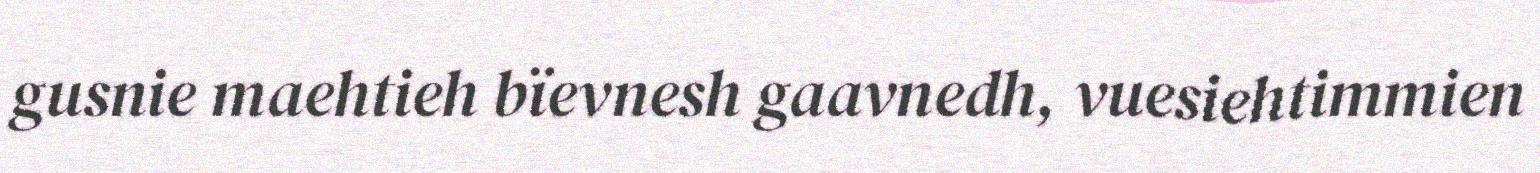
gusnie maehtieh bïevnesh gaavnedh, vuesiehtimmien